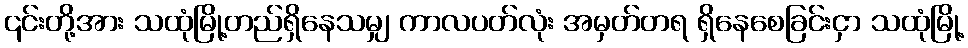
၎င်းတို့အား သထုံမြို့တည်ရှိနေသမျှ ကာလပတ်လုံး အမှတ်တရ ရှိနေစေခြင်းငှာ သထုံမြို့